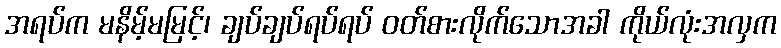
အရပ်က မနိမ့်မမြင့်၊ ချပ်ချပ်ရပ်ရပ် ဝတ်စားလိုက်သောအခါ ကိုယ်လုံးအလှက